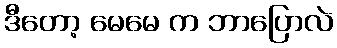
ဒီတော့ မေမေ က ဘာပြောလဲ